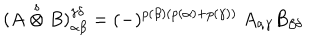
( A \stackrel { s } { \otimes } B ) _ { \alpha \beta } ^ { \gamma \delta } = ( - ) ^ { p ( \beta ) ( p ( \alpha ) + p ( \gamma ) ) } \ A _ { \alpha \gamma } B _ { \beta \delta }